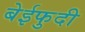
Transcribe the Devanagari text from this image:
बेईफुदी